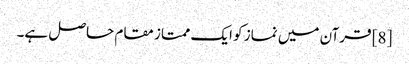
[8] قرآن میں نماز کو ایک ممتاز مقام حاصل ہے۔